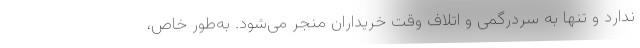
ندارد و تنها به سردرگمی و اتلاف وقت خریداران منجر می‌شود. به‌طور خاص،